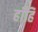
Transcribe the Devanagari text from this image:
हाँहि